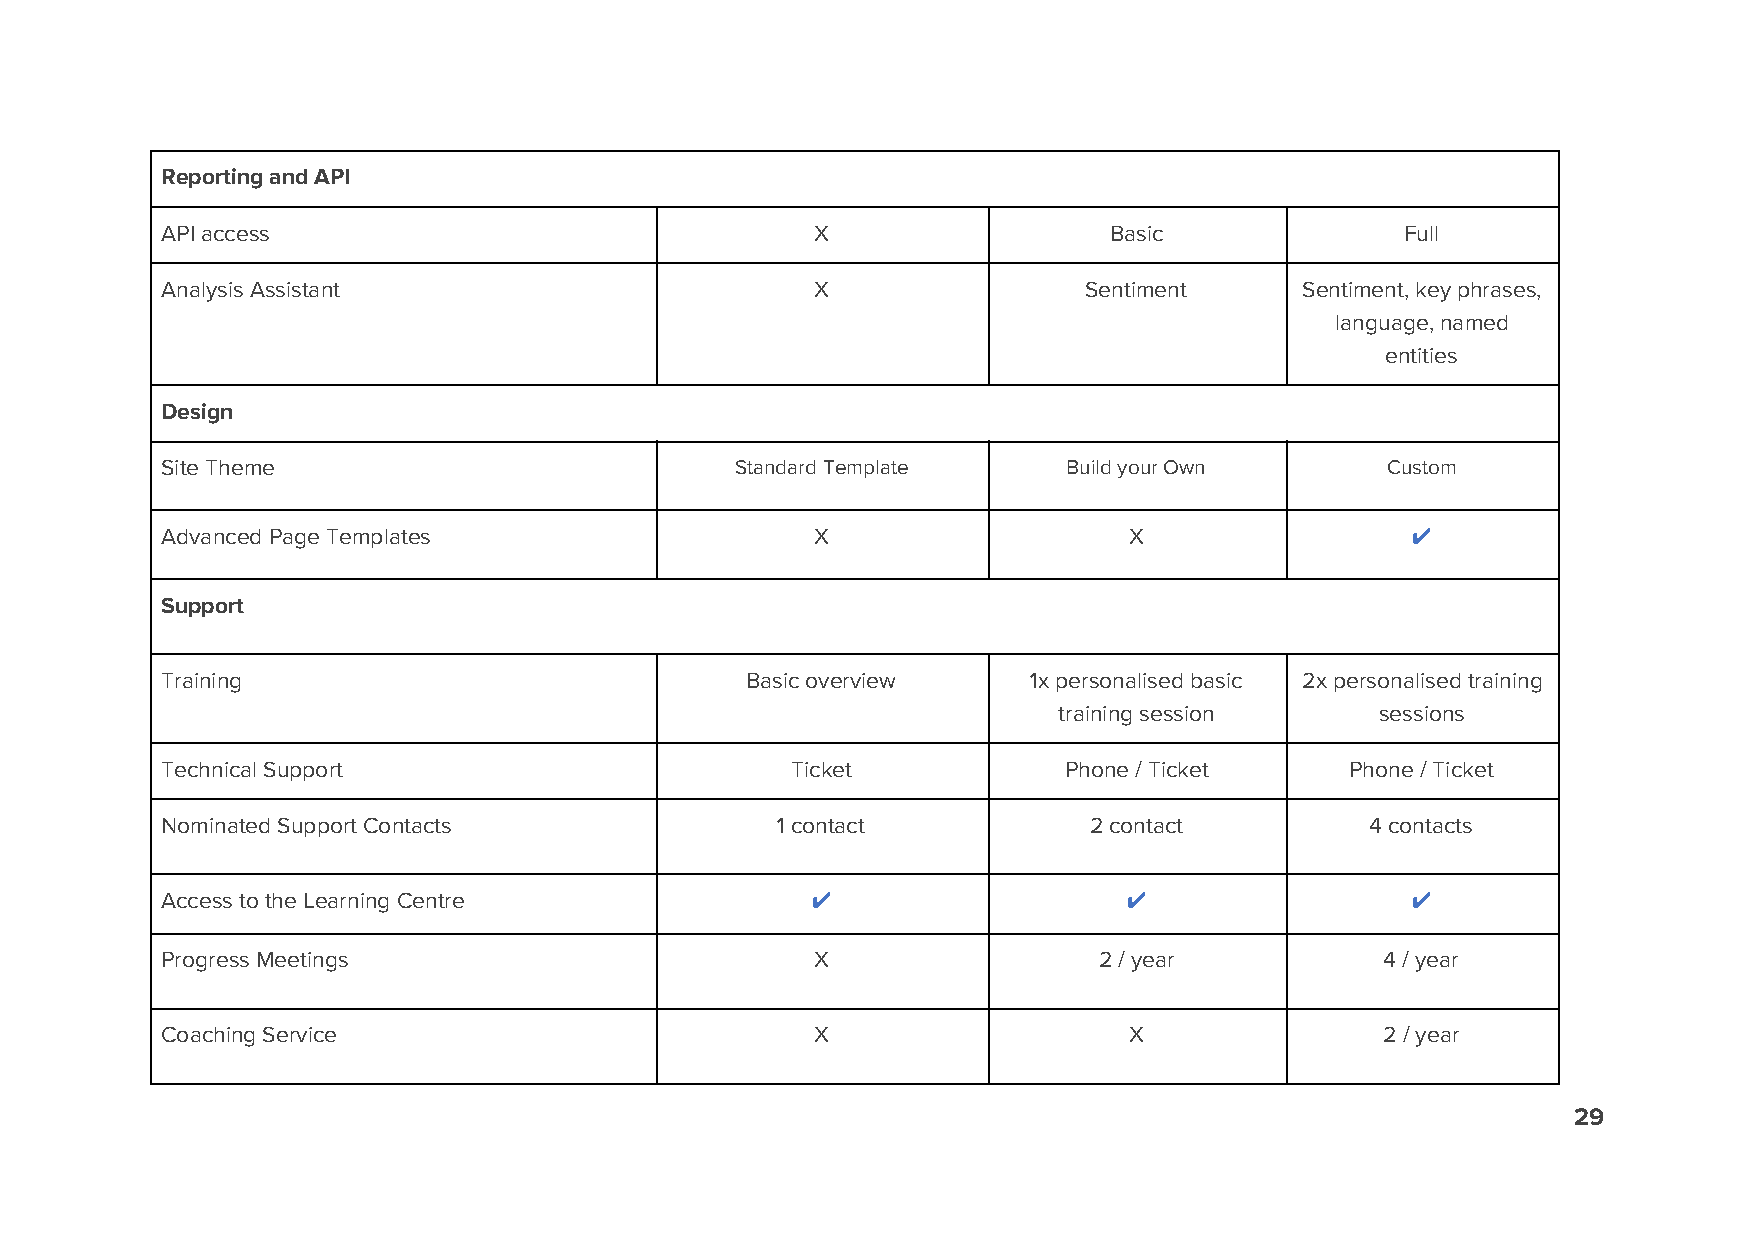
Reporting and API
 API access                                 X                  Basic               Full
 Analysis Assistant                         X                 Sentiment     Sentiment, key phrases,
 language, named
 entities
 Design
 Site Theme                            Standard Template     Build your Own       Custom
 Advanced Page Templates                    X                    X                 ✔
 Support
 Training                              Basic overview     1x personalised basic 2x personalised training
 training session     sessions
 Technical Support                        Ticket            Phone / Ticket     Phone / Ticket
 Nominated Support Contacts              1 contact            2 contact          4 contacts
 Access to the Learning Centre              ✔                   ✔                  ✔
 Progress Meetings                          X                  2 / year           4 / year
 Coaching Service                           X                    X                2 / year
 29